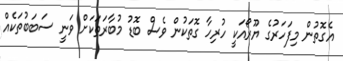
އެގޮތުން މިފަހަރުގެ ޔޫރޯއަކީ ހުރިހާ ގޮތަކުން ވެސް ބޮޑު މުބާރަތަކަށް ވަނީ ސަބަބުތަކެއް